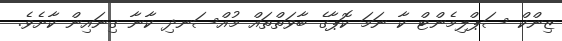
ޒިންކް ސަޕްލިމެންޓް ކާ ނަމަ ކޮޕާގެ ބާވަތްތައް މުއްސަނދި ކާނާ ގިނައިން ކާށެވެ.